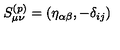
S _ { \mu \nu } ^ { ( p ) } = ( \eta _ { \alpha \beta } , - \delta _ { i j } )